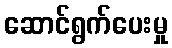
ဆောင်ရွက်ပေးမှု